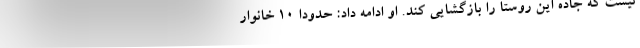
نیست که جاده این روستا را بازگشایی کند. او ادامه داد: حدودا ۱۰ خانوار